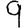
Digit: 9